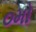
૦મો